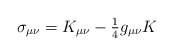
\begin{align*}\sigma_{\mu\nu}=K_{\mu\nu}-{\textstyle \frac{1}{4}}g_{\mu\nu}K\end{align*}